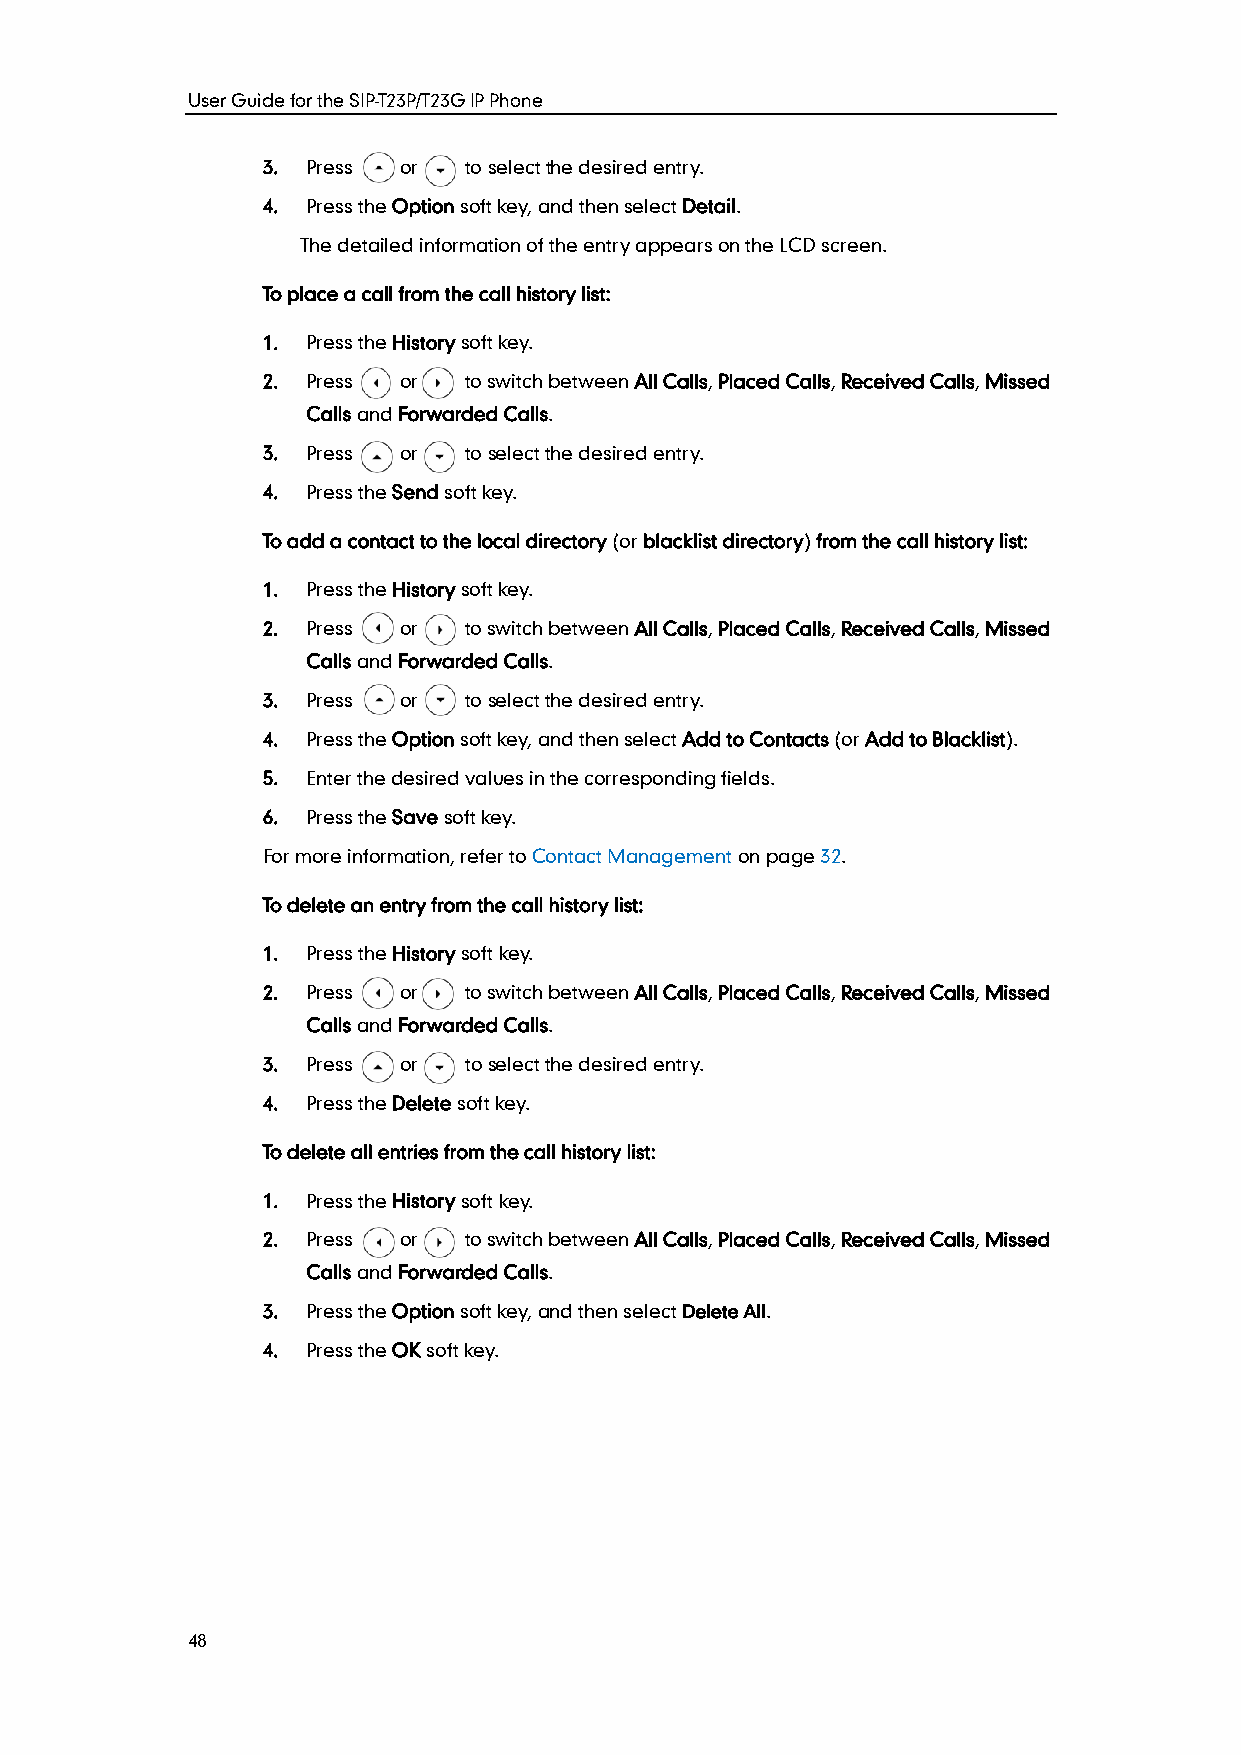
User Guide for the SIP-T23P/T23G IP Phone
 3. Press or   to select the desired entry.
 4. Press the Option soft key, and then select Detail.
 The detailed information of the entry appears on the LCD screen.
 To place a call from the call history list:
 1. Press the History soft key.
 2. Press or   to switch between All Calls, Placed Calls, Received Calls, Missed
 Calls and Forwarded Calls.
 3. Press or   to select the desired entry.
 4. Press the Send soft key.
 To add a contact to the local directory (or blacklist directory) from the call history list:
 1. Press the History soft key.
 2. Press or   to switch between All Calls, Placed Calls, Received Calls, Missed
 Calls and Forwarded Calls.
 3. Press or   to select the desired entry.
 4. Press the Option soft key, and then select Add to Contacts (or Add to Blacklist).
 5. Enter the desired values in the corresponding fields.
 6. Press the Save soft key.
 For more information, refer to Contact Management on page 32.
 To delete an entry from the call history list:
 1. Press the History soft key.
 2. Press or   to switch between All Calls, Placed Calls, Received Calls, Missed
 Calls and Forwarded Calls.
 3. Press or   to select the desired entry.
 4. Press the Delete soft key.
 To delete all entries from the call history list:
 1. Press the History soft key.
 2. Press or   to switch between All Calls, Placed Calls, Received Calls, Missed
 Calls and Forwarded Calls.
 3. Press the Option soft key, and then select Delete All.
 4. Press the OK soft key.
 48